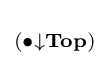
\scriptstyle {(\bullet \downarrow \mathbf {Top} )}